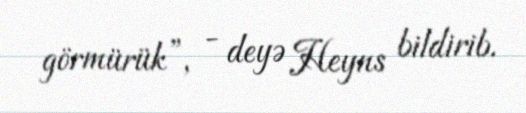
görmürük”, - deyə Heyns bildirib.